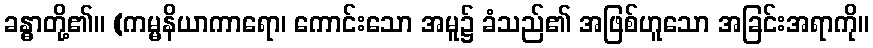
ခန္ဓာတို့၏။ (ကမ္မနိယာကာရော၊ ကောင်းသော အမူ၌ ခံသည်၏ အဖြစ်ဟူသော အခြင်းအရာကို။